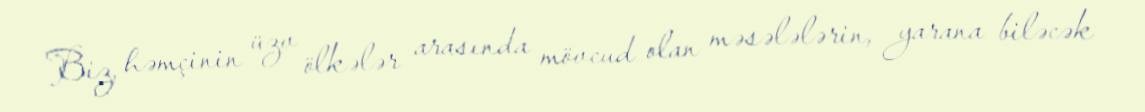
Biz, həmçinin üzv ölkələr arasında mövcud olan məsələlərin, yarana biləcək